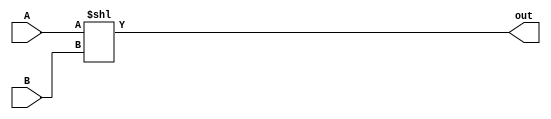
module sll_32(
	input wire [31:0] A,
	input wire [31:0] B,
	output reg [31:0] out
);

always @ * begin
	out = A << B;
end

endmodule

module srl_32(
	input wire [31:0] A,
	input wire [31:0] B,
	output reg [31:0] out
);

always @ * begin
	out = A >> B;
end

endmodule

module srl_64(
	input wire [63:0] A,
	input wire [63:0] B,
	output reg [63:0] out
);

always @ * begin
	out = A >> B;
end

endmodule

module sra_32(
	input wire signed [31:0] A,
	input wire [31:0] B,
	output reg [31:0] out
);

always @ * begin
	out = A >>> B;
end

endmodule

module sra_64(
	input wire signed [63:0] A,
	input wire [63:0] B,
	output reg [63:0] out
);

always @ * begin
	out = A >>> B;
end

endmodule